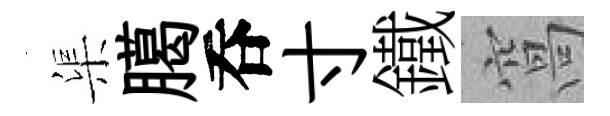
渠臈呑寸鐵窩